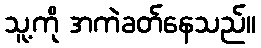
သူ့ကို အကဲခတ်နေသည်။